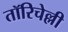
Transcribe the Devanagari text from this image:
तॉरिचेल्ली